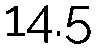
14.5